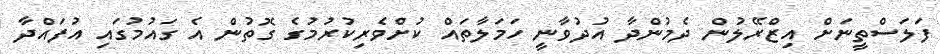
ފަލަސްތީނަށް އިޒްރޭލުން ދެމުންދާ އުދުވާނީ ހަމަލާތައް ކުށްވެރިކުރުމުގެ ގޮތުން އެ ގައުމުގައި އުފައްދާ